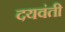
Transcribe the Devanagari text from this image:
दयवंती